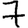
Digit: 7